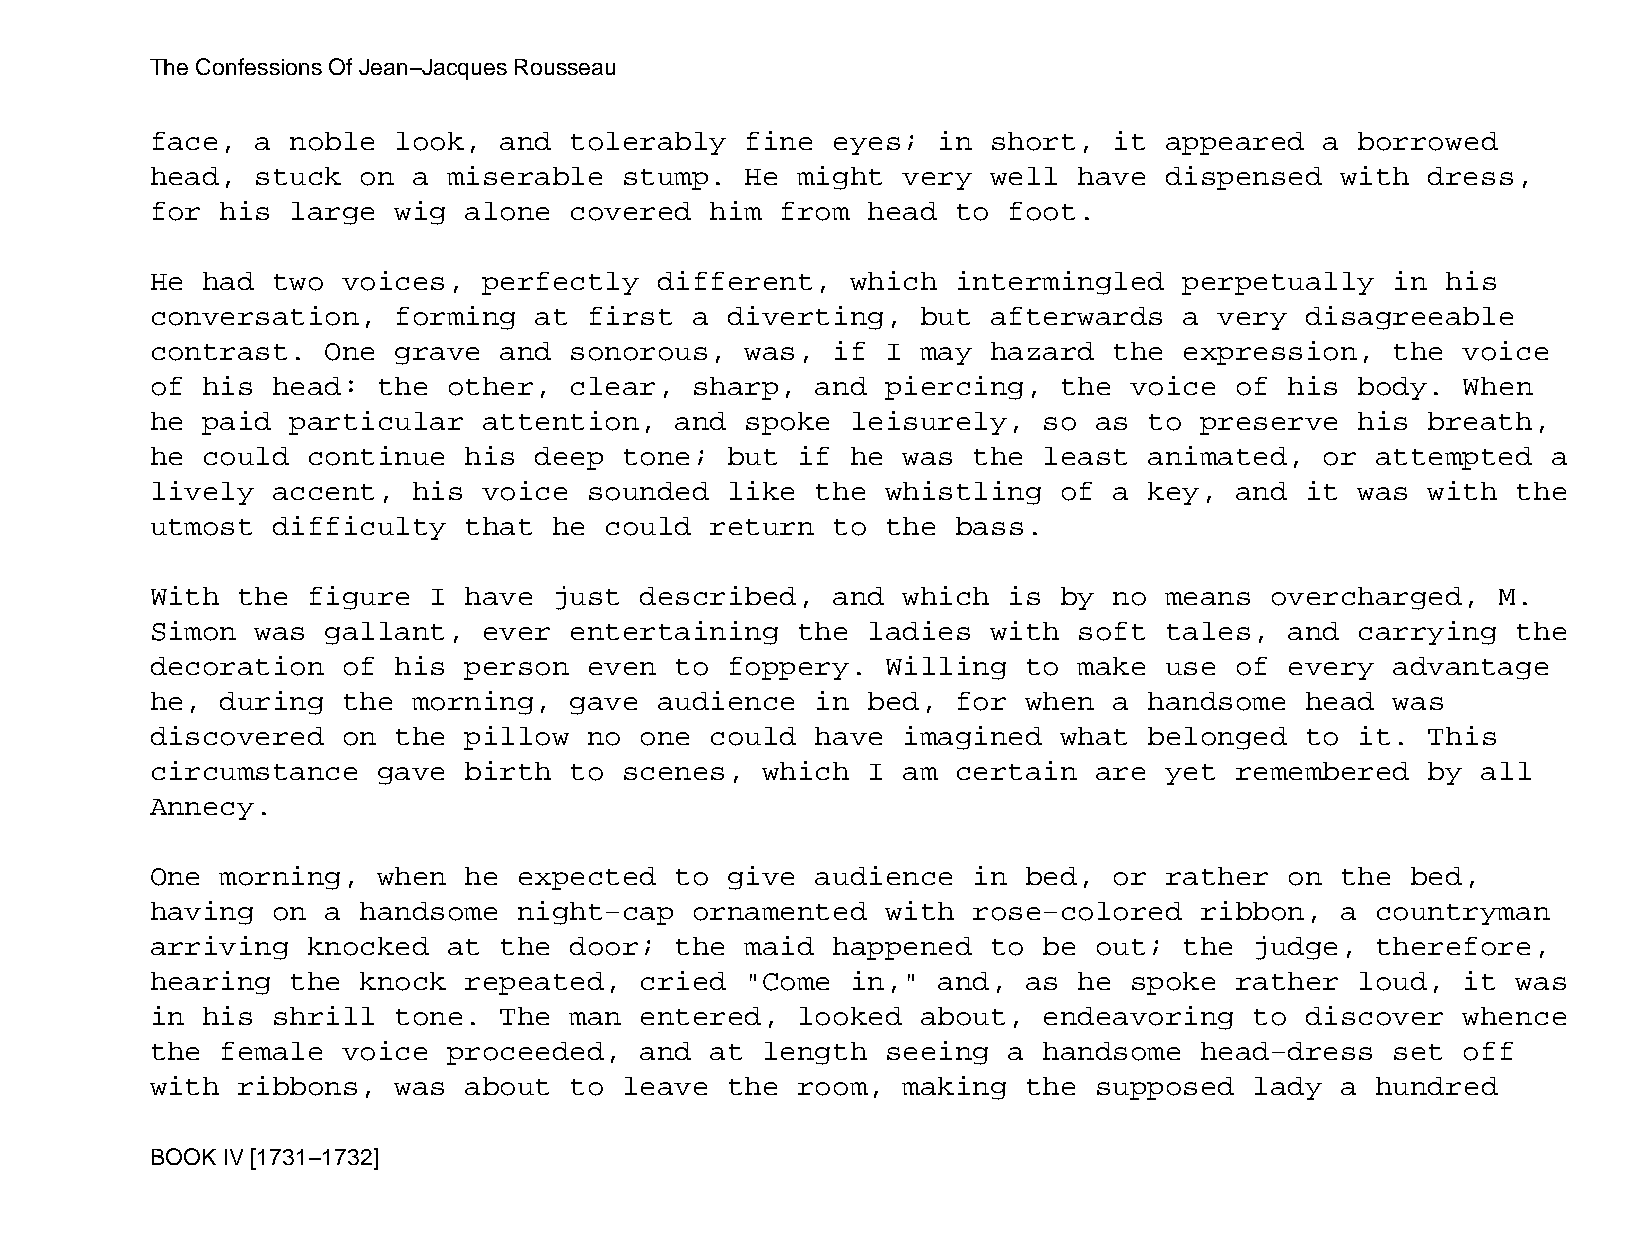
The Confessions Of Jean−Jacques Rousseau
 face,  a noble  look,  and  tolerably  fine  eyes;  in  short,  it appeared   a borrowed
 head,  stuck  on a  miserable  stump.  He  might  very  well have  dispensed   with  dress,
 for  his large  wig  alone  covered  him  from head  to  foot.
 He had  two  voices,  perfectly   different,  which  intermingled   perpetually   in  his
 conversation,   forming  at  first  a diverting,   but  afterwards  a  very disagreeable
 contrast.   One grave  and  sonorous,  was,  if  I may  hazard  the expression,   the  voice
 of his  head:  the  other,  clear,  sharp,  and  piercing,  the  voice  of his  body.  When
 he paid  particular   attention,   and spoke  leisurely,   so as  to preserve   his  breath,
 he could  continue   his deep  tone;  but  if he  was the  least  animated,   or attempted   a
 lively  accent,  his  voice  sounded  like  the  whistling  of  a key,  and it  was  with the
 utmost  difficulty   that  he could  return  to  the bass.
 With  the figure  I  have  just described,   and  which  is by  no means  overcharged,   M.
 Simon  was  gallant,  ever  entertaining   the ladies   with soft  tales,  and  carrying  the
 decoration   of his  person  even  to foppery.   Willing  to make  use  of every  advantage
 he,  during  the morning,   gave  audience  in bed,  for  when  a handsome  head  was
 discovered   on the  pillow  no one  could  have  imagined  what  belonged  to  it.  This
 circumstance   gave  birth  to scenes,  which  I  am certain  are  yet  remembered   by all
 Annecy.
 One  morning,  when  he expected   to give  audience  in  bed,  or rather  on  the bed,
 having  on  a handsome  night−cap   ornamented   with rose−colored   ribbon,   a countryman
 arriving  knocked   at the  door;  the maid  happened   to be out;  the  judge,  therefore,
 hearing  the  knock  repeated,  cried  "Come  in,"  and,  as he  spoke  rather  loud,  it was
 in his  shrill  tone.  The  man entered,   looked  about,  endeavoring   to discover   whence
 the  female  voice  proceeded,  and  at length   seeing  a handsome  head−dress   set  off
 with  ribbons,  was  about  to leave  the  room,  making  the supposed   lady  a hundred
 BOOK IV [1731−1732]